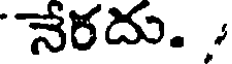
నేరదు. ,